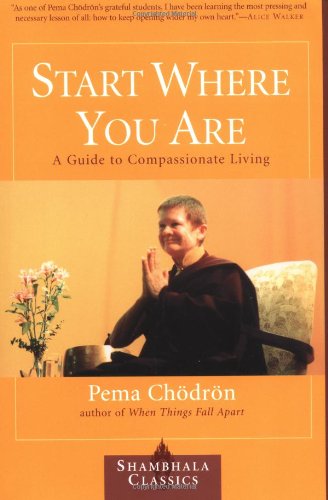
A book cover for Start Where You Are: A Guide to Compassionate Living (Shambhala Classics); Pema Chodron; Health, Fitness & Dieting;